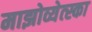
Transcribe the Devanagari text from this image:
माझोव्येत्स्का